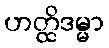
ဟတ္ထိဒမ္မာ